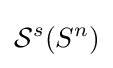
{\mathcal {S}}^{s}(S^{n})